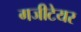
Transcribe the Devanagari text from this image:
गजीटेयर